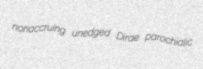
nonaccruing unedged Dirae parochialic